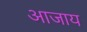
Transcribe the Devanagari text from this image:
आजाय